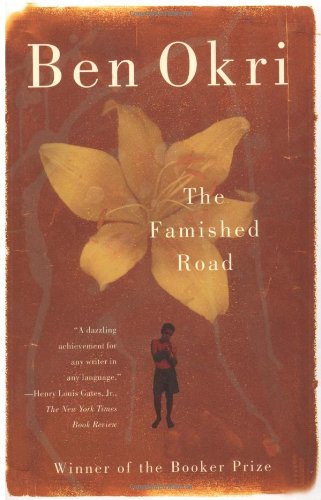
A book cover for The Famished Road; Ben Okri; Literature & Fiction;